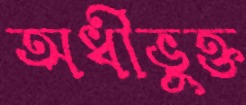
অধীভুক্ত